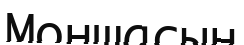
Моншасын